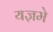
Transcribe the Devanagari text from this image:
यज्ञमे